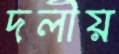
দলীয়